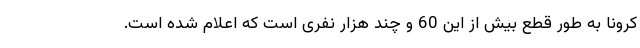
کرونا به طور قطع بیش از این 60 و چند هزار نفری است که اعلام شده است.